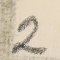
2